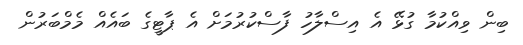
ބިން ވިއްކުމާ ގުޅޭ އެ އިސްލާހު ފާސްކުރުމަށް އެ ޕާޓީގެ ބައެއް މެމްބަރުން